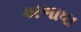
અભાષા